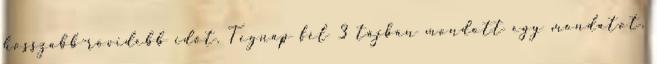
hosszabb-rövidebb időt. Tegnap fél 3 tájban mondott egy mondatot,